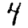
Digit: 4